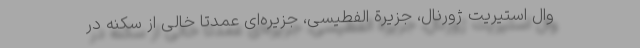
وال استیریت ژورنال، جزیرة الفطیسی، جزیره‌ای عمدتا خالی از سکنه در